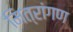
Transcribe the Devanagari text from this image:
मित्रांगण